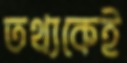
তথ্যকেই